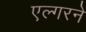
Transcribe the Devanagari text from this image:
एल्गरने